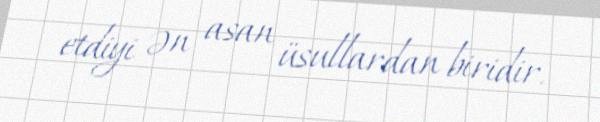
etdiyi ən asan üsullardan biridir.